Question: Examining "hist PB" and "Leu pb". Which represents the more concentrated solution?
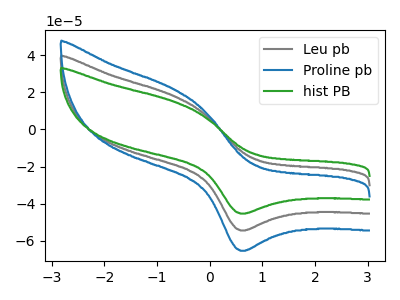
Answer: <think>The gray curve "Leu pb" has an anodic peak at (-0.65V, 17.80uA) and a cathodic peak at (0.65V, -54.35uA). The blue curve "Proline pb" has an anodic peak at (-0.65V, 35.55uA) and a cathodic peak at (0.65V, -108.75uA). The green curve "hist PB" has an anodic peak at (-0.65V, 14.80uA) and a cathodic peak at (0.65V, -45.25uA).
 All the peaks in "hist PB" have a peak in "Leu pb" at the same potential. Every peak in "hist PB" is lower than every peak in "Leu pb".</think>
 <answer>"hist PB" has less signal than "Leu pb" and so likely has a lower concentration.</answer>
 <eval>less_concentration</eval>